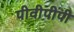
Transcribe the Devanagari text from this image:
पीवीपीपी